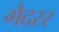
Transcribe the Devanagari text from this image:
गैदरर